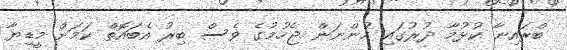
ބްރައިނާ ކުޅުމާ ދުރުގައި ހުންނަން ޖެހުމުގެ ވެސް ބިރު އެބައޮތް ކަމަށް މީޑިޔާ